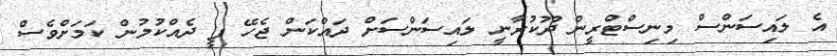
އެ ލައިސަންސް މިނިސްޓްރީން ދޫކުރާނީ ލައިސަންސަށް ދައްކަން ޖެހޭ ފީ ދެއްކުމުން ކަމަށްވެސް